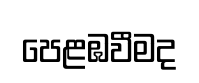
පෙළඹවීමද